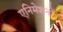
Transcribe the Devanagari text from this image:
एनिमेशनों